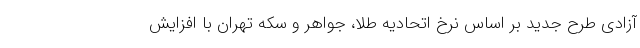
آزادی طرح جدید بر اساس نرخ اتحادیه طلا، جواهر و سکه تهران با افزایش